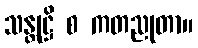
သန္တုဋ္ဌိ စ ကတညုတာ။